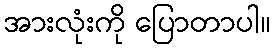
အားလုံးကို ပြောတာပါ။